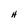
Character: H